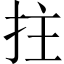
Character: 拄